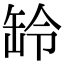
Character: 䍅